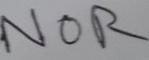
Text: NOR